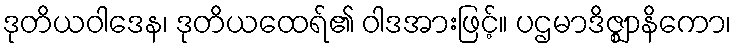
ဒုတိယဝါဒေန၊ ဒုတိယထေရ်၏ ဝါဒအားဖြင့်။ ပဌမာဒိဇ္ဈာနိကော၊